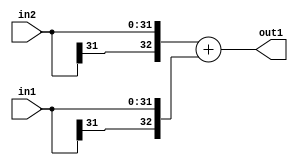
`timescale 1ps / 1ps
/*****************************************************************************
    Verilog RTL Description
    
    
    Created by: Stratus DpOpt 2019.1.01 
*******************************************************************************/

module avg_pool_Add_32Sx32S_33S_1 (
	in2,
	in1,
	out1
	); /* architecture "behavioural" */ 
input [31:0] in2,
	in1;
output [32:0] out1;
wire [32:0] asc001;

assign asc001 = 
	+({in2[31], in2})
	+({in1[31], in1});

assign out1 = asc001;
endmodule

/* CADENCE  ubH3Sg4= : u9/ySgnWtBlWxVPRXgAZ4Og= ** DO NOT EDIT THIS LINE ******/